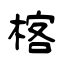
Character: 楁